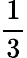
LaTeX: \frac 13